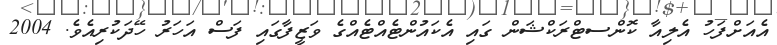
އެއަށްފަހު އެލިއާ ކޮންސޓްރަކްޝަން ގައި އެކައުންޓެއްޓެއްގެ ވަޒީފާގައި ފަސް އަހަރު ހޭދަކުރިއެވެ. 2004